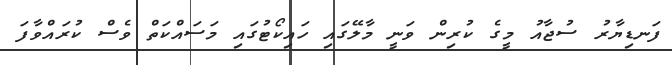
ފަނޑިޔާރު ސުޖާއު މީގެ ކުރިން ވަނީ މާލޭގައި ހައިކޯޓުގައި މަސައްކަތް ވެސް ކުރައްވާފަ